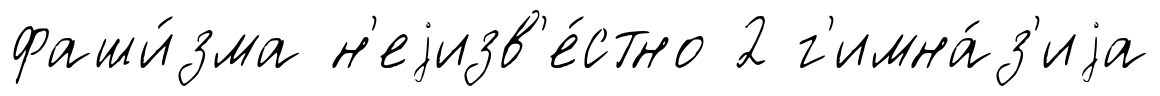
фаши́зма н'еjизв'е́стно 2 г'имна́з'иjа